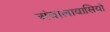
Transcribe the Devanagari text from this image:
अंबालावासियों